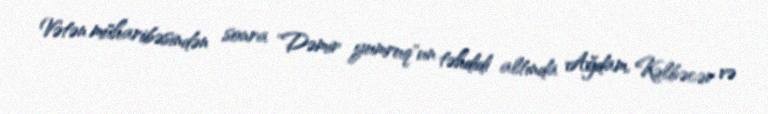
Vətən müharibəsindən sonra "Dəmir yumruq"un təhdidi altında Ağdam, Kəlbəcər və